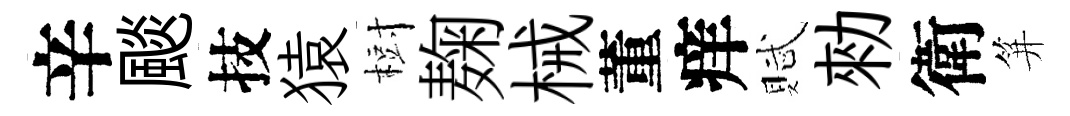
辛颷技猿𣗳麹械董痒賦勑衛笄